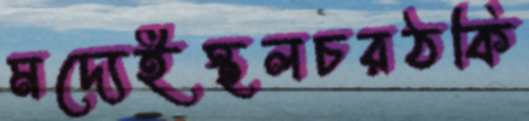
মদ্যেইস্থলচরঠকি